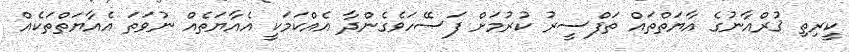
ކީރިތި ޤުރްއާނުގެ އާޔަތްތައް ތަފްސީރު ކުރުމަށް ފަސޭހަވެގެންދާ އެއްކަމަކީ އެއާޔަތެއް ނުވަތަ އެއާޔަތްތަކެއް